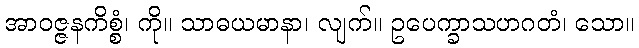
အာဝဇ္ဇနကိစ္စံ၊ ကို။ သာဓယမာနာ၊ လျက်။ ဥပေက္ခာသဟဂတံ၊ သော။